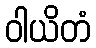
ဝါယိတံ